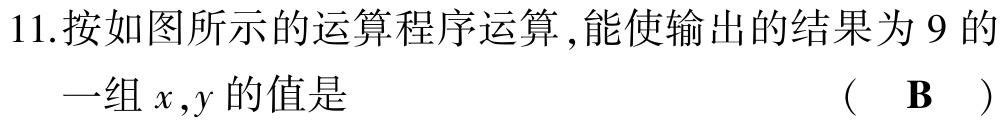
11.按如图所示的运算程序运算 ,能使输出的结果为 9 的
一组\(x,y\)的值是  （  B  ）